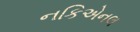
નકિએનલ